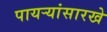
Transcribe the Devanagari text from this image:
पायऱ्यांसारखे